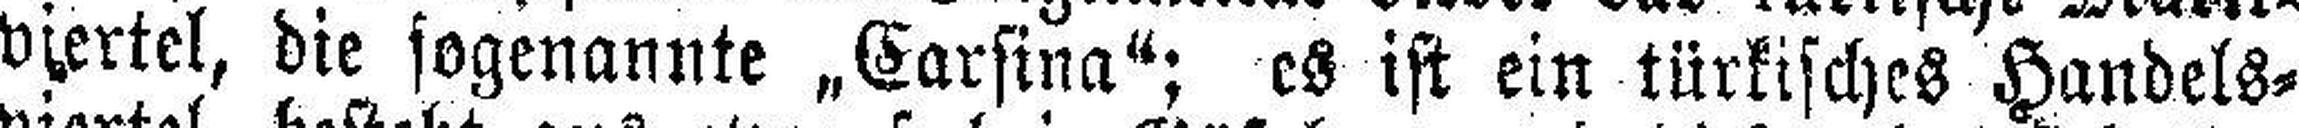
viertel, die sogenannte „Carsina“; es ist ein türkisches Handels¬